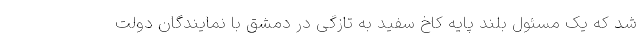
شد که یک مسئول بلند پایه کاخ سفید به تازگی در دمشق با نمایندگان دولت